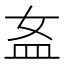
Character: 𥁅